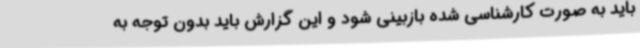
باید به صورت کارشناسی شده بازبینی شود و این گزارش باید بدون توجه به